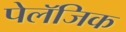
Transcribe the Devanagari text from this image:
पेलॅजिक